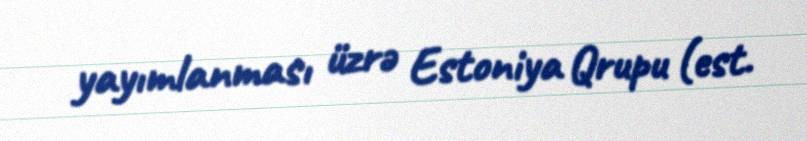
yayımlanması üzrə Estoniya Qrupu (est.